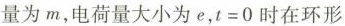
量为m，电荷量大小为e，t=0时在环形